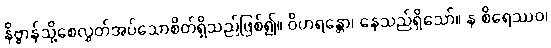
နိဗ္ဗာန်သို့စေလွှတ်အပ်သောစိတ်ရှိသည်ဖြစ်၍။ ဝိဟရန္တော၊ နေသည်ရှိသော်။ န စိရေဿဝ၊